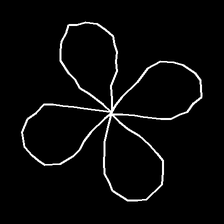
Glyph: billowing